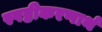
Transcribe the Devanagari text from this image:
स्पष्टीकरणार्थ